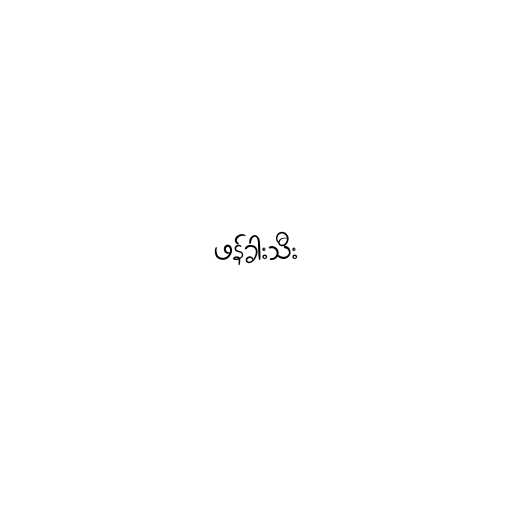
ဖန်ခါးသီး